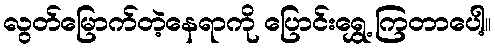
လွတ်မြောက်တဲ့နေရာကို ပြောင်းရွှေ့ ကြတာပေါ့။